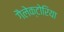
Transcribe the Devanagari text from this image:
गैलेक्टोरिया